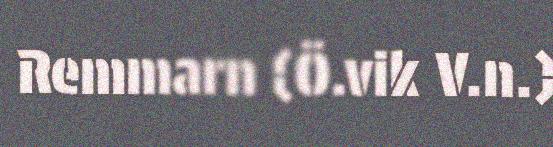
Remmarn (Ö.vik V.n.)